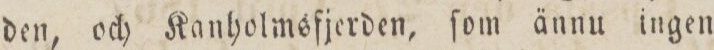
den, och Kanholmsfjerden, ſom ännu ingen